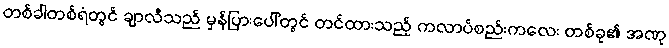
တစ်ခါတစ်ရံတွင် ချာလီသည် မှန်ပြားပေါ်တွင် တင်ထားသည့် ကလာပ်စည်းကလေး တစ်ခု၏ အဏု